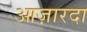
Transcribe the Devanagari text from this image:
आज़ारदा